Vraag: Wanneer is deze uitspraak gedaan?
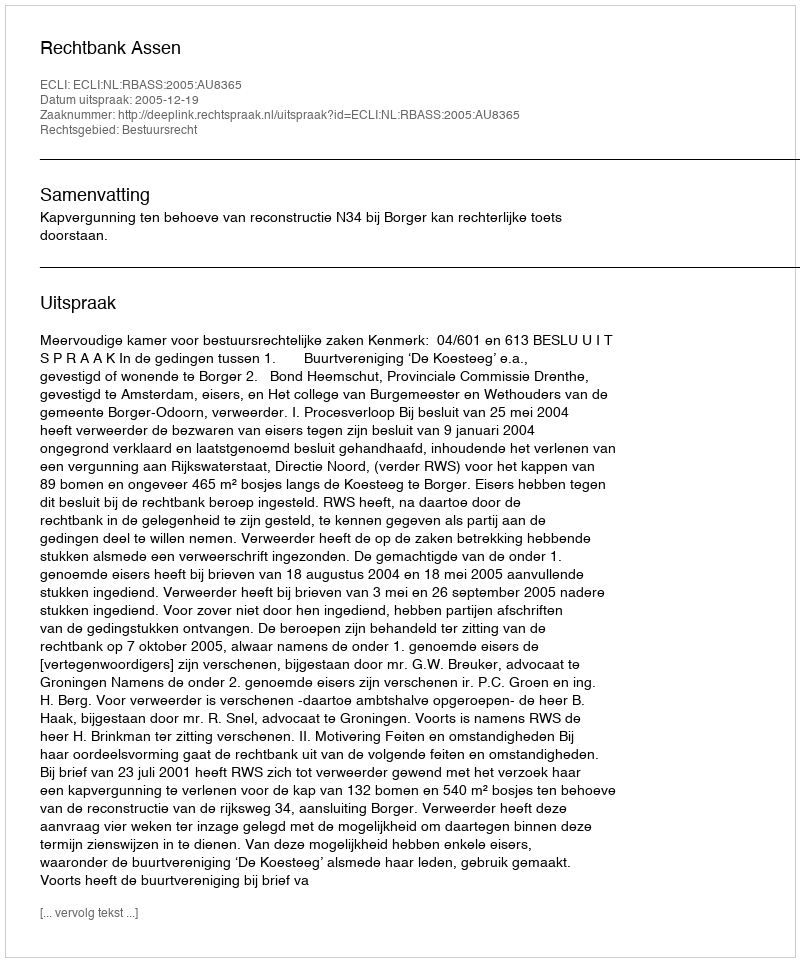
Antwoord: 2005-12-19